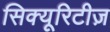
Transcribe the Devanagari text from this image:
सिक्यूरिटीज़